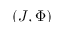
( J , \Phi )